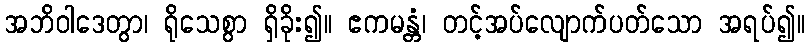
အဘိဝါဒေတွာ၊ ရိုသေစွာ ရှိခိုး၍။ ဧကမန္တံ၊ တင့်အပ်လျောက်ပတ်သော အရပ်၍။